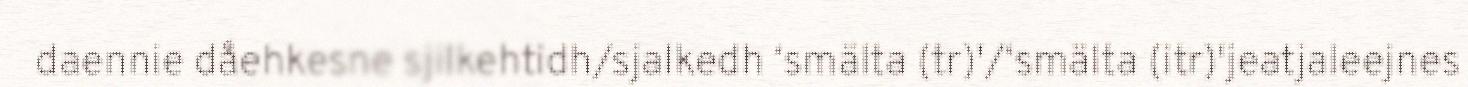
daennie dåehkesne sjilkehtidh/sjalkedh ‘smälta (tr)'/‘smälta (itr)'jeatjaleejnes